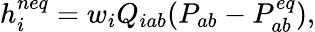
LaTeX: h_{i}^{neq}=w_{i}Q_{iab}(P_{ab}-P_{ab}^{eq}),